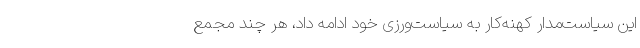
این سیاست‌مدار کهنه‌کار به سیاست‌ورزی خود ادامه داد، هر چند مجمع